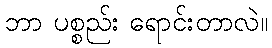
ဘာ ပစ္စည်း ရောင်းတာလဲ။